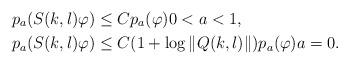
LaTeX: \begin{align*}&p_a(S(k,l)\varphi) \leq Cp_a(\varphi)0<a<1,\\&p_a(S(k,l)\varphi) \leq C(1+\log\|Q(k,l)\|)p_a(\varphi)a=0.\end{align*}